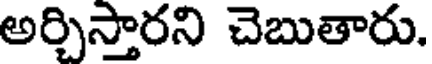
అర్చిస్తారని చెబుతారు.